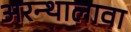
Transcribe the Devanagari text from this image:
अरन्थालावा